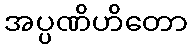
အပ္ပဏိဟိတော